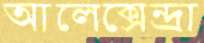
আলেক্সেন্দ্রা